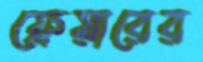
ফ্লেয়ারের